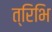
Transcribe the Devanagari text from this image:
त्रिभि